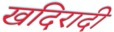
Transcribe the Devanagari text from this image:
खदिरादी